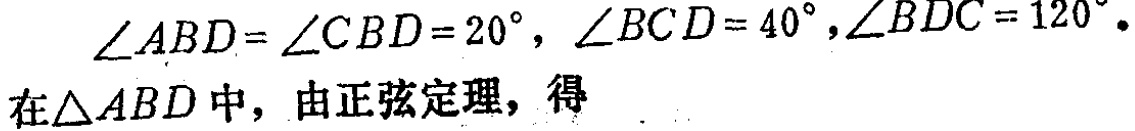
\(\angle ABD = \angle CBD = 20^{\circ}, \angle BCD = 40^{\circ},\angle BDC = 120^{\circ}.\)
在\(\triangle ABD\)中，由正弦定理，得